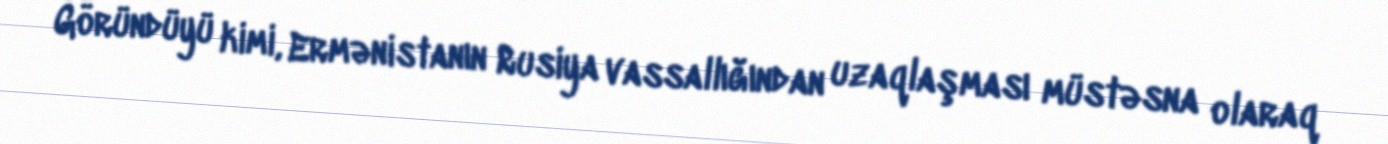
Göründüyü kimi, Ermənistanın Rusiya vassallığından uzaqlaşması müstəsna olaraq